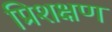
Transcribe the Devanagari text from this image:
प्रिशक्षण